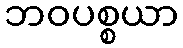
ဘဝပစ္စယာ